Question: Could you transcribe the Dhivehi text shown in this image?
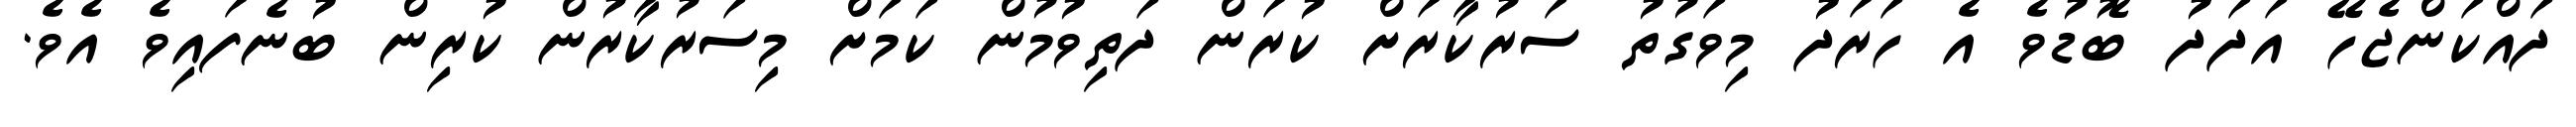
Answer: ދައްކަންޖެހޭ އަދަދު ބޮޑުވެ އެ ހަރަދު މިވަގުތު ސަރުކާރަށް ކުރަން ދަތިވުމުން ކަމަށް މިސަރުކާރުން ކުރިން ބުނެފައިވެ އެވެ.